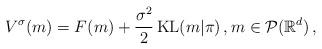
LaTeX: \begin{align*}V^{\sigma}(m) = F(m) + \frac{\sigma^2}{2} \operatorname{KL}(m|\pi) \,, m\in \mathcal{P}(\mathbb{R}^d)\,,\end{align*}